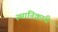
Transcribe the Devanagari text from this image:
स्थानिकांचे